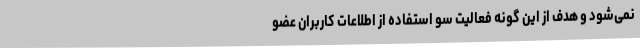
نمی‌شود و هدف از این گونه فعالیت سو استفاده از اطلاعات کاربران عضو